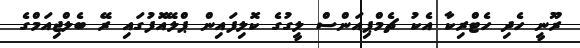
ރޫނީ ހެދި ހެޓްރިކާ އެކު ޗެމްޕިއަންސް ލީގުގެ ކޮލިފައިން ޕްލޭއޮފުގައި ރޭ ބެލްޖިއަމްގެ